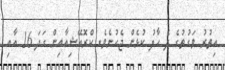
އިތުރު ވަގުތުގެ ދެ ހާފު ކުޅެން ޖެހުނެވެ. ކްރޮއޭޝިއާއިން ގަދަ 16 އާއި